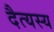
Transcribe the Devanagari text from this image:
दैत्यस्य